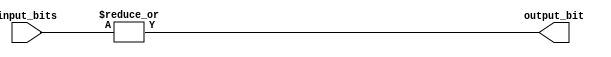
module eight_input_or_gate(
    input [7:0] input_bits,
    output output_bit
);

assign output_bit = |input_bits;

endmodule